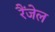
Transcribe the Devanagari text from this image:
रैंजेल